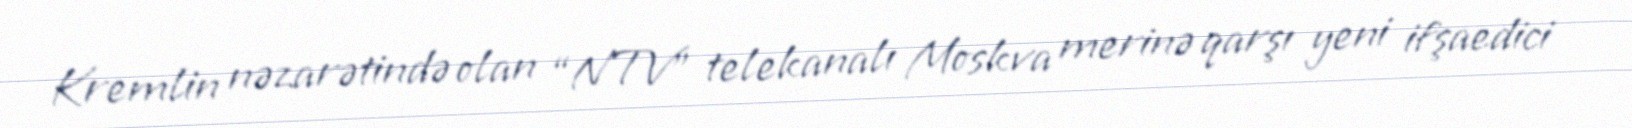
Kremlin nəzarətində olan “NTV” telekanalı Moskva merinə qarşı yeni ifşaedici